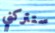
ستتركني